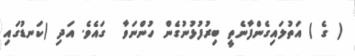
( ގެ ) އަތުލައިގެންފާނެތީ ބިރުފުޅުނުގެން ހުންނަވާ  ގައެވެ. އަދި (ކަނޑުގައި